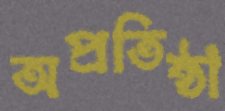
অপ্রতিষ্ঠা